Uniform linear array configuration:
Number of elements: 24
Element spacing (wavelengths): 1
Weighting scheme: hann
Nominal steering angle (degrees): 0
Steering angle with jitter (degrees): -0.8586
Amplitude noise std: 0.05
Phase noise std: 0.05

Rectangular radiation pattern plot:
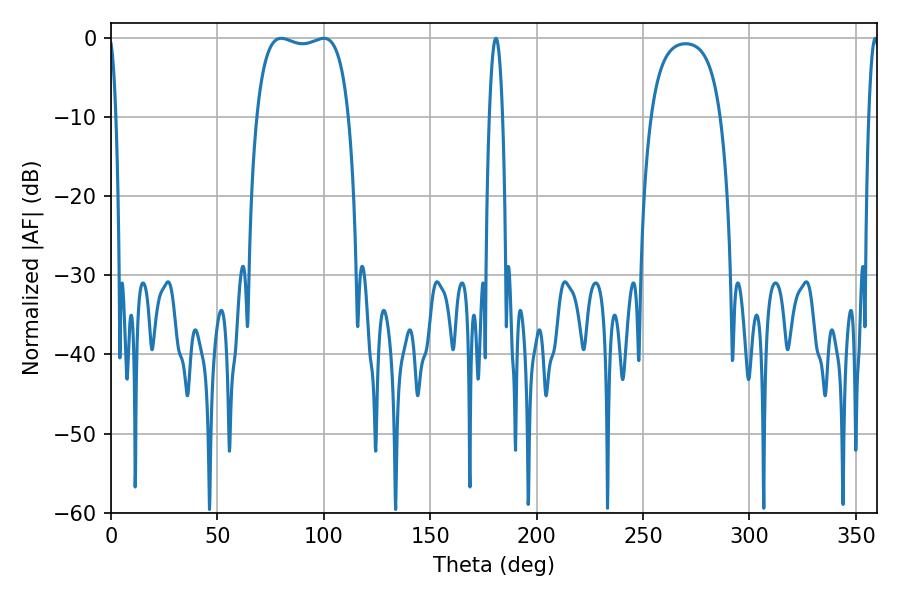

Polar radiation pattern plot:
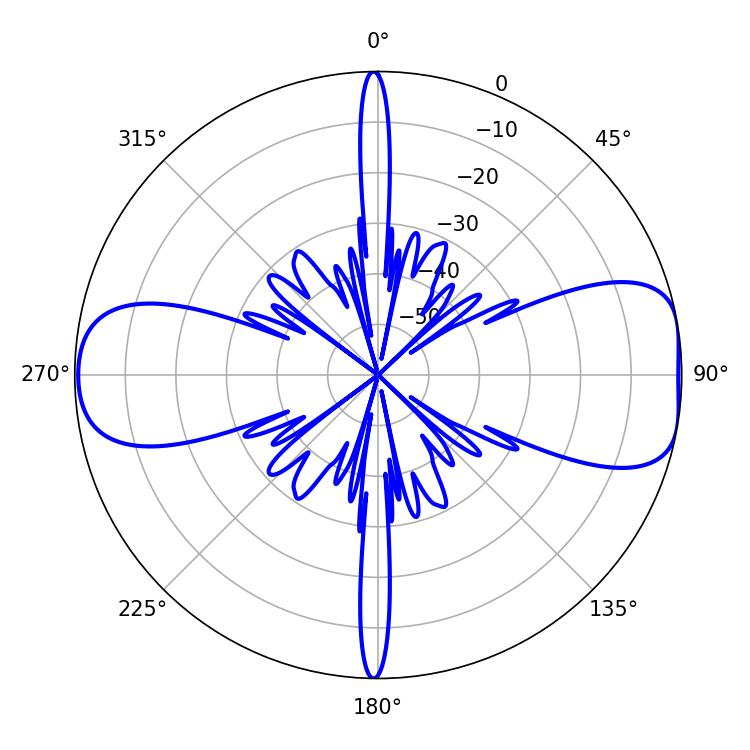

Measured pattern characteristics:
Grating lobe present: TRUE
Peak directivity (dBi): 9.165
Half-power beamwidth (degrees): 34.92
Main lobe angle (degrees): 79.92